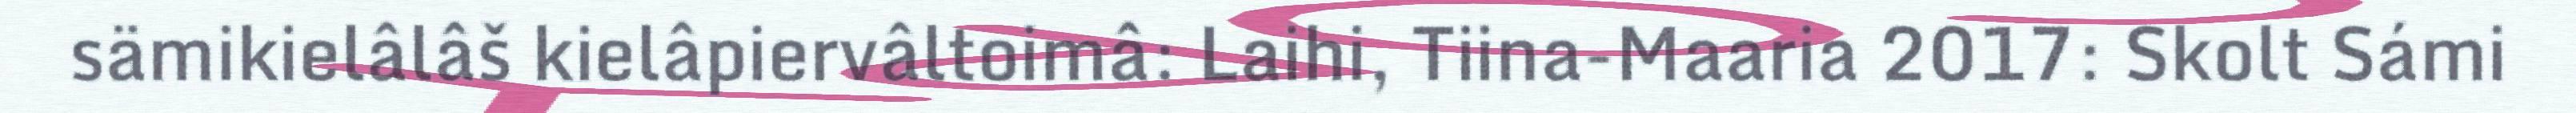
sämikielâlâš kielâpiervâltoimâ: Laihi, Tiina-Maaria 2017: Skolt Sámi